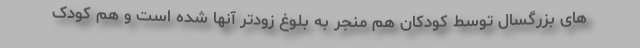
های بزرگسال توسط کودکان هم منجر به بلوغ زودتر آنها شده است و هم کودک